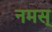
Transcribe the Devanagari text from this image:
नमस्